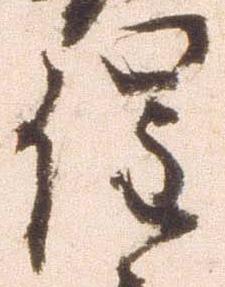
催